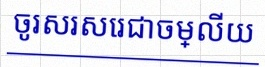
ចូរសរសេរជាចម្លើយ